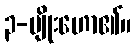
၃-မျိုးဟော၏။